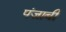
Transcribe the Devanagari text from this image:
पंज़ाबी